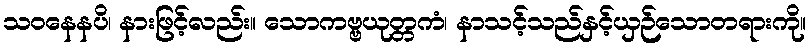
သဝနေနပိ၊ နားဖြင့်လည်း။ သောကဗ္ဗယုတ္တကံ၊ နာသင့်သည်နှင့်ယှဉ်သောတရားကို။